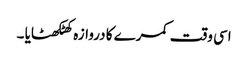
اسی وقت کمرے کا دروازہ کھٹکھٹایا ۔